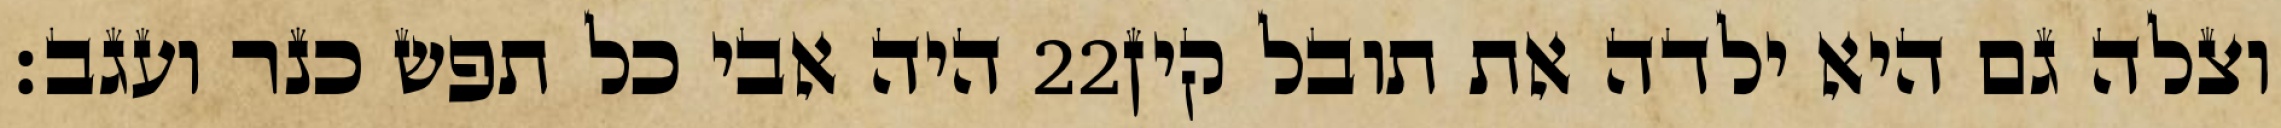
היה אבי כל תפש כנר ועגב׃ ‎22‏ וצלה גם היא ילדה את תובל קין